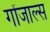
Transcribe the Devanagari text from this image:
गोंजाल्स